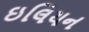
ઇલિયન